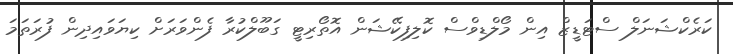
ކަރެކްޝަނަލް ސްޓަޑީޒް އިން މޯލްޑިވްސް ކޮލިފިކޭޝަން އޮތޯރިޓީ ގަބޫލްކުރާ ފެންވަރަށް ކިޔަވައިދިން ފުރަތަމަ